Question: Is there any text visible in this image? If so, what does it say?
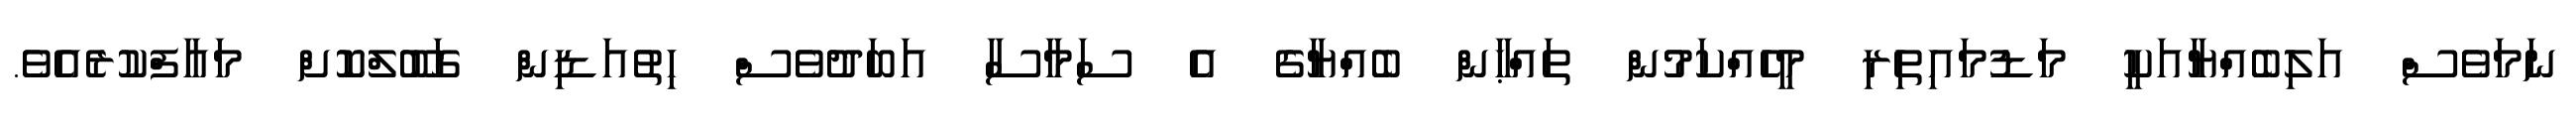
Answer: ނަމަވެސް އަލިބެއްޔާއަކީ މަޑުމައިތިރި މީހެއްކަމުން ތައްޙާން ބެއްޔާގެ އެ ސަމާސާ އަބަދުވެސް ހިތުއަޑިން ގަބޫލްކޮށް މައާފްކުރެއެވެ.